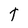
Character: t